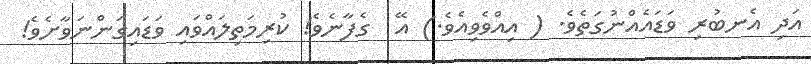
އަދި އެނބުރި ވަޑައެއްނުގަތެވެ. ( އިއްވެވިއެވެ.) އޭ  ގެފާނެވެ! ކުރިމަތިލައްވައި ވަޑައިގަންނަވާށެވެ!